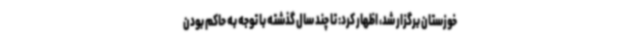
خوزستان برگزار شد، اظهار کرد: تا چند سال گذشته با توجه به حاکم بودن